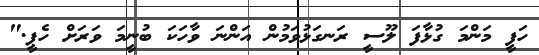
ހަފީ މަންމަ ގުޅާފަ ލޫސީ ރަނގަޅުވަމުން އަންނަ ވާހަކަ ބުނީމަ ވަރަށް ހެޕީ."